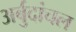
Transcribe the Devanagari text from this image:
अर्बुदांचल